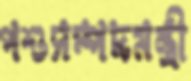
পশুসম্পদমন্ত্রী